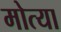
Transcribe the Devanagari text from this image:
मोत्या